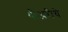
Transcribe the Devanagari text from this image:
थीअरीचे